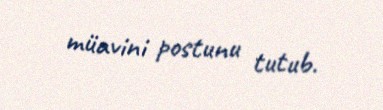
müavini postunu tutub.